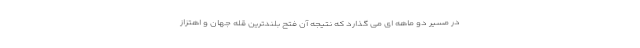
در مسیر دو ماهه ای می گذارد که نتیجه آن فتح بلندترین قله جهان و اهتزاز